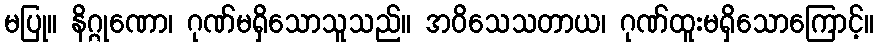
မပြု။ နိဂ္ဂုဏော၊ ဂုဏ်မရှိသောသူသည်။ အဝိသေသတာယ၊ ဂုဏ်ထူးမရှိသောကြောင့်။